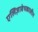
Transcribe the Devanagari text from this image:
एलिज़ाबेथकालीन